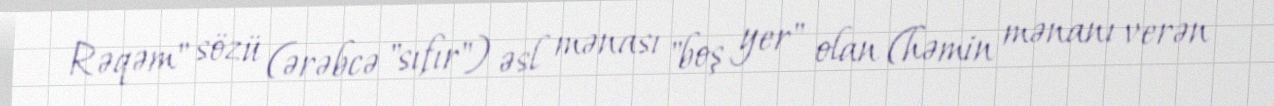
Rəqəm" sözü (ərəbcə "sıfır") əsl mənası "boş yer" olan (həmin mənanı verən